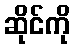
ဆိုင်ကို